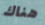
هناك